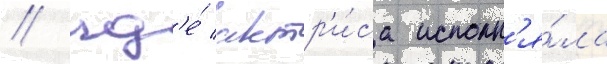
/ гд'е́ актр'и́са исполн'я́ла